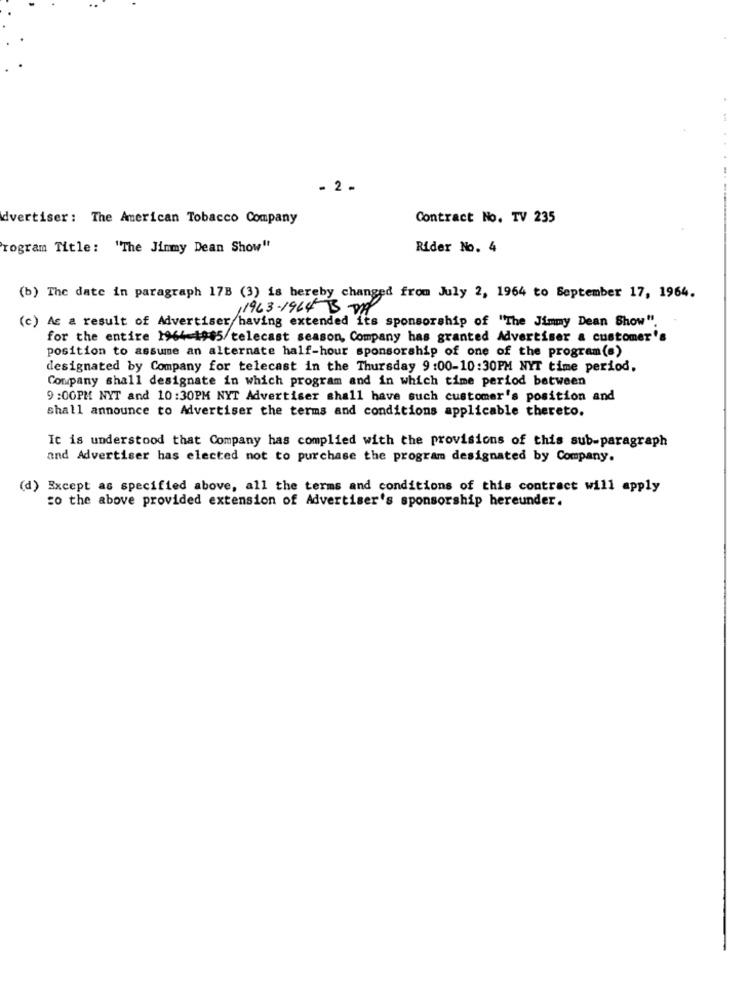
- 2 -
---
dvertiser: The American Tobacco Company
Contract No. TV 235
Program Title: "The Jimmy Dean Show"
Rider No. 4
(b) The date in paragraph 17B (3) is hereby changed from July 2, 1964 to September 17, 1964.
1963-1964 BD
(c) As a result of Advertiser having extended its sponsorship of "The Jimmy Dean Show".
for the entire 1964-1985/telecast season, Company has granted Advertiser a customer's
position to assume an alternate half-hour sponsorship of one of the program(s)
designated by Company for telecast in the Thursday 9:00-10:30PM NYT time period.
Company shall designate in which program and in which time period between
9 :00PM NYT and 10:30PM NYT Advertiser shall have such customer's position and
shall announce to Advertiser the terms and conditions applicable thereto.
It is understood that Company has complied with the provisions of this sub-paragraph
and Advertiser has elected not to purchase the program designated by Company.
(d) Except as specified above, all the terms and conditions of this contract will apply
co the above provided extension of Advertiser's sponsorship hereunder.